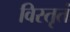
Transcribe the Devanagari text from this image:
विस्तृतं